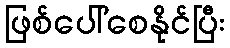
ဖြစ်ပေါ်စေနိုင်ပြီး